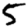
Digit: 5